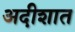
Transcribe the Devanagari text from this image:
अदीशात